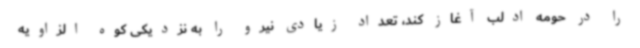
را در حومه ادلب آغاز کند، تعداد زیادی نیرو را به نزدیکی کوه الزاویه